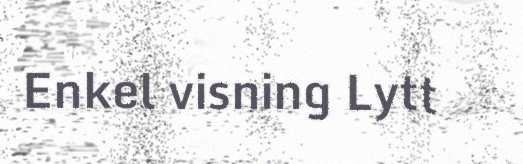
Enkel visning Lytt